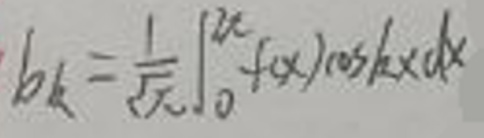
\[b_{k}=\frac{1}{\sqrt{\pi}}\int_{0}^{2\pi}f(x)\cos(kx)dx\]